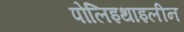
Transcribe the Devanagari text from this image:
पोलिइथाइलीन